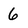
Character: 6